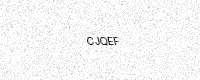
Text: CJQEF